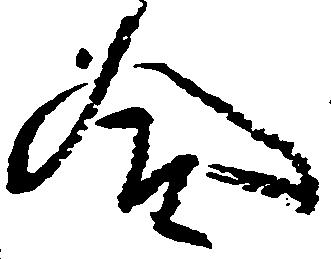
合